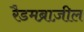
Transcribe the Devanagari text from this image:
रैडमब्राज़ील